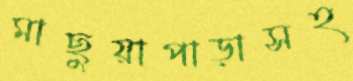
মাছুয়াপাড়াসহ